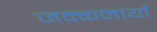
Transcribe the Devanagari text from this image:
जक्कनार्या